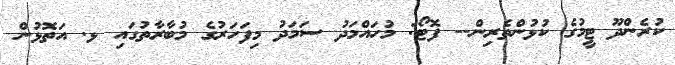
ކުރެންދޫ ޓީމުގެ ކުޅުންތެރިން-- ފޮޓޯ: މުހައްމަދު ސަމަދު މިފަހަރުގެ މުބާރާތުގައި ޅ. އަތޮޅުން